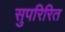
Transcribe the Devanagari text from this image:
सुपरिरित